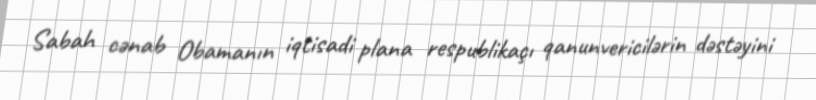
Sabah cənab Obamanın iqtisadi plana respublikaçı qanunvericilərin dəstəyini